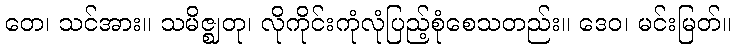
တေ၊ သင်အား။ သမိဇ္ဈတု၊ လိုကိုင်းကုံလုံပြည့်စုံစေသတည်း။ ဒေဝ၊ မင်းမြတ်။